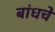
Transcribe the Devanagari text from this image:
बांधचे